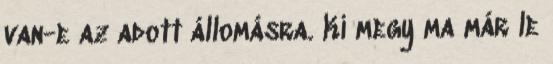
van-e az adott állomásra. Ki megy ma már le